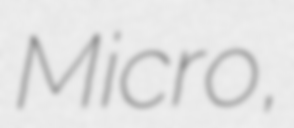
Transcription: Micro,